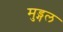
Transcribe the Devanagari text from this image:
मुड्गल